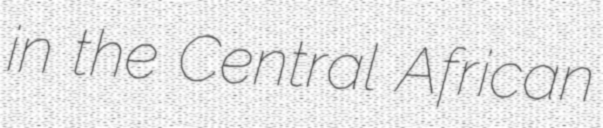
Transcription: in the Central African